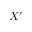
X ^ { \prime }